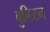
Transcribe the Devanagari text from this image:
बुलिटन